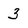
Character: 3